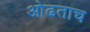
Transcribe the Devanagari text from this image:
ओढताच